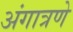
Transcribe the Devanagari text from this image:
अंगात्रणे